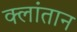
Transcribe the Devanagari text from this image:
क्लांतान